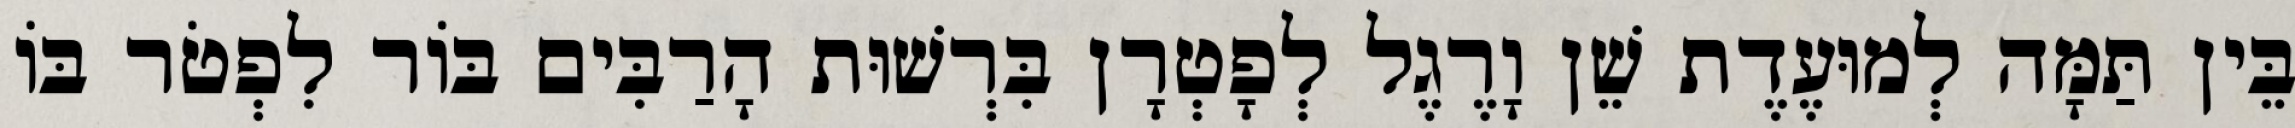
בֵּין תַּמָּה לְמוּעֶדֶת שֵׁן וָרֶגֶל לְפָטְרָן בִּרְשׁוּת הָרַבִּים בּוֹר לִפְטֹר בּוֹ